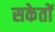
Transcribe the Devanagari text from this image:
सकेतों